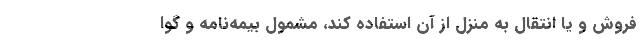
فروش و یا انتقال به منزل از آن استفاده کند، مشمول بیمه‌نامه و گوا